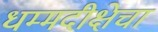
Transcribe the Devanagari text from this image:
धम्मदीक्षेचा